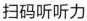
扫码听听力